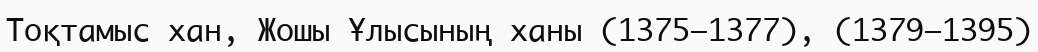
Тоқтамыс хан, Жошы Ұлысының ханы (1375—1377), (1379—1395)